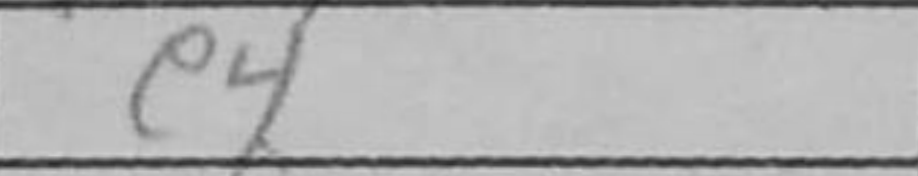
Transcription: e4